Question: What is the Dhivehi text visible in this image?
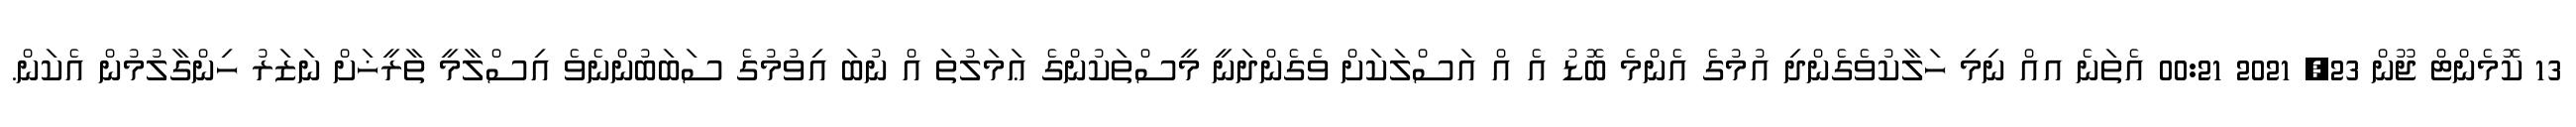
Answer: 13 ކޮމެންޓް ޖޫން 23, 2021 00:21 އެތަނެ އއް ނިމި ހަލާކުވެގެންދި އުމުގެ އެންމެ ބޮޑު އެ އް އަސްލަކަށް ވެގެންދަނީ މީސްތަކުންގެ ޢަމަލުތަ އް ނުބަ އިވުމުގެ ސަބަބުންނެވެ އިސްލާމީ ތާރީޚަށް ނަޒަރު ހިންގާލުމުން އެކަން.